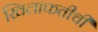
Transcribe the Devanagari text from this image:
खिलाफतीची